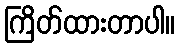
ကြိတ်ထားတာပါ။